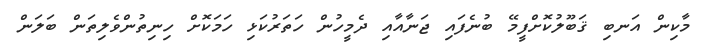
މާކިން އަނބި ޤަބޫލުކޮށްފީމޭ ބުނެފައި ޖަނާއާއި ދެމީހުން ހަތަރުކަޅި ހަމަކޮށް ހިނިތުންވެލިތަން ބަލަން